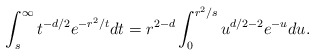
\begin{align*}\int_s^{\infty} t^{-d/2}e^{-r^2/t}dt =r^{2-d}\int_0^{r^2/s} u^{d/2-2}e^{-u}du.\end{align*}